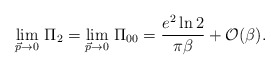
\begin{align*}\lim_{\vec{p}\rightarrow 0}\,\Pi_{2} = \lim_{\vec{p}\rightarrow0}\,\Pi_{00} = {e^{2}\ln 2\over \pi\beta} + {\cal O} (\beta).\end{align*}